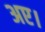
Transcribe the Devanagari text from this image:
अए।